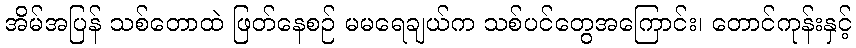
အိမ်အပြန် သစ်တောထဲ ဖြတ်နေစဉ် မမရေချယ်က သစ်ပင်တွေအကြောင်း၊ တောင်ကုန်းနှင့်